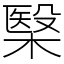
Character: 𣘦